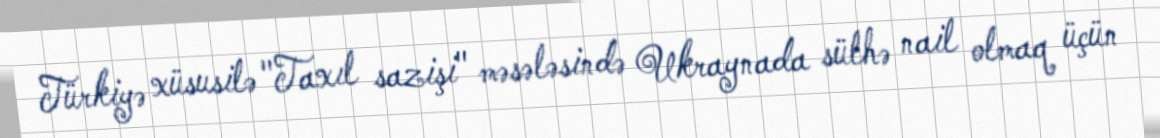
Türkiyə xüsusilə "Taxıl sazişi" məsələsində Ukraynada sülhə nail olmaq üçün